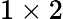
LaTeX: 1\times 2